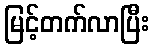
မြင့်တက်လာပြီး